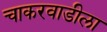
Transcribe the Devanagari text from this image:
चाकरवाडीला